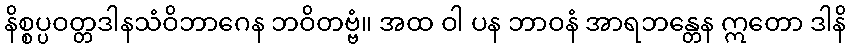
နိစ္စပ္ပဝတ္တဒါနသံဝိဘာဂေန ဘဝိတဗ္ဗံ။ အထ ဝါ ပန ဘာဝနံ အာရဘန္တေန ဣတော ဒါနိ